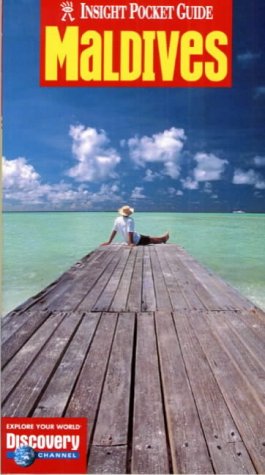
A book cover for Maldives Insight Pocket Guide; VV.AA.; Travel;